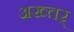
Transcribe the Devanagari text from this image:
अख्तर्